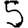
Digit: 5